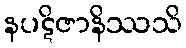
နပဋိဇာနိဿသိ